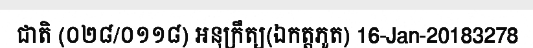
ជាតិ (០២៨/០១១៨) អនុក្រឹត្យ(ឯកត្តភូត) 16-Jan-20183278